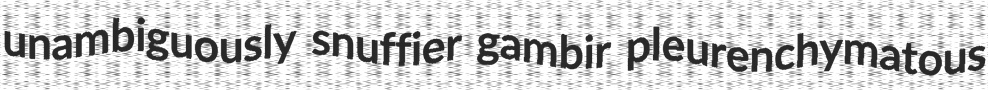
unambiguously snuffier gambir pleurenchymatous